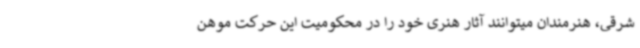
شرقی، هنرمندان میتوانند آثار هنری خود را در محکومیت این حرکت موهن